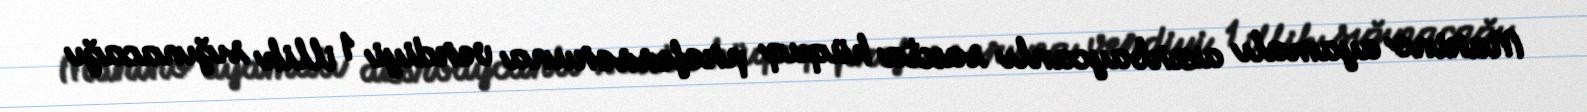
Marino ayamalı azərbaycanlı saxta hüquq professoruna verdiyi 1 illik sığınacağı